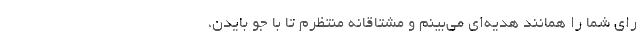
رای شما را همانند هدیه‌ای می‌بینم و مشتاقانه منتظرم تا با جو بایدن،